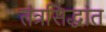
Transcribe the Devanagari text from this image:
तंत्रसिद्धांत